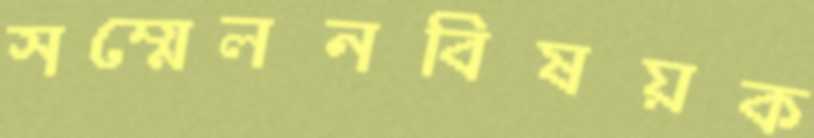
সম্মেলনবিষয়ক